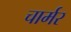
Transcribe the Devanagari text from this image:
चार्मर